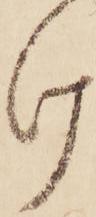
け